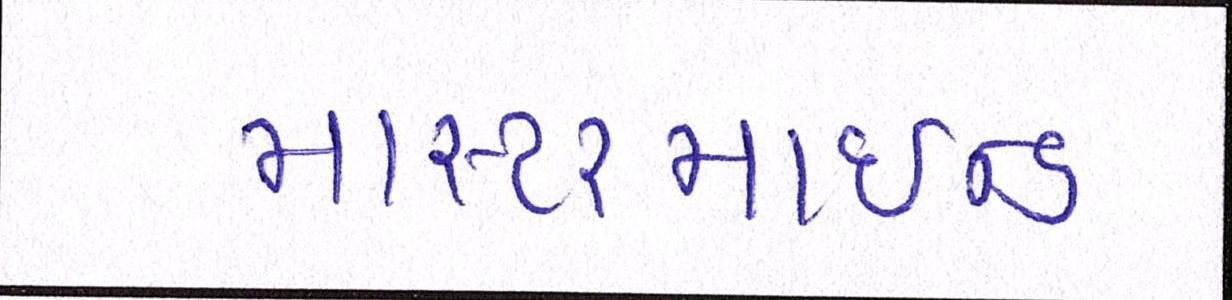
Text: માસ્ટરમાઈન્ડ